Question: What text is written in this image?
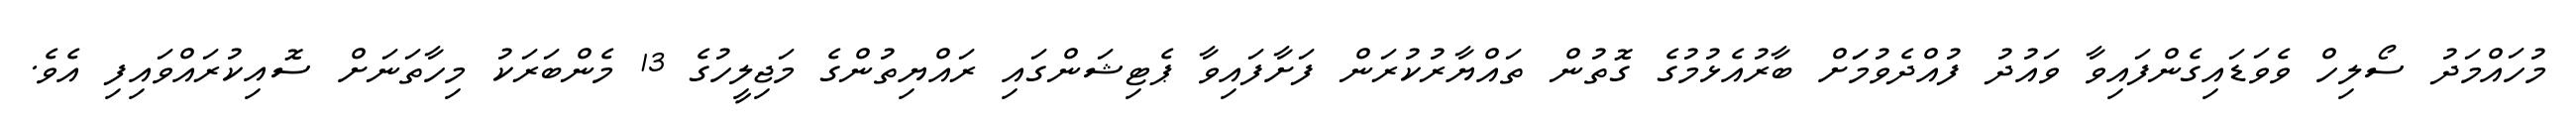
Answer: މުހައްމަދު ސޯލިހް ވެވަޑައިގެންފައިވާ ވައުދު ފުއްދެވުމަަށް ބާރުއެޅުމުގެ ގޮތުން ތައްޔާރުކުރަން ފަށާފައިވާ ޕެޓިޝަންގައި ރައްޔިތުންގެ މަޖިލީހުގެ 13 މެންބަރަކު މިހާތަނަށް ސޮއިކުރައްވައިފި އެވެ.